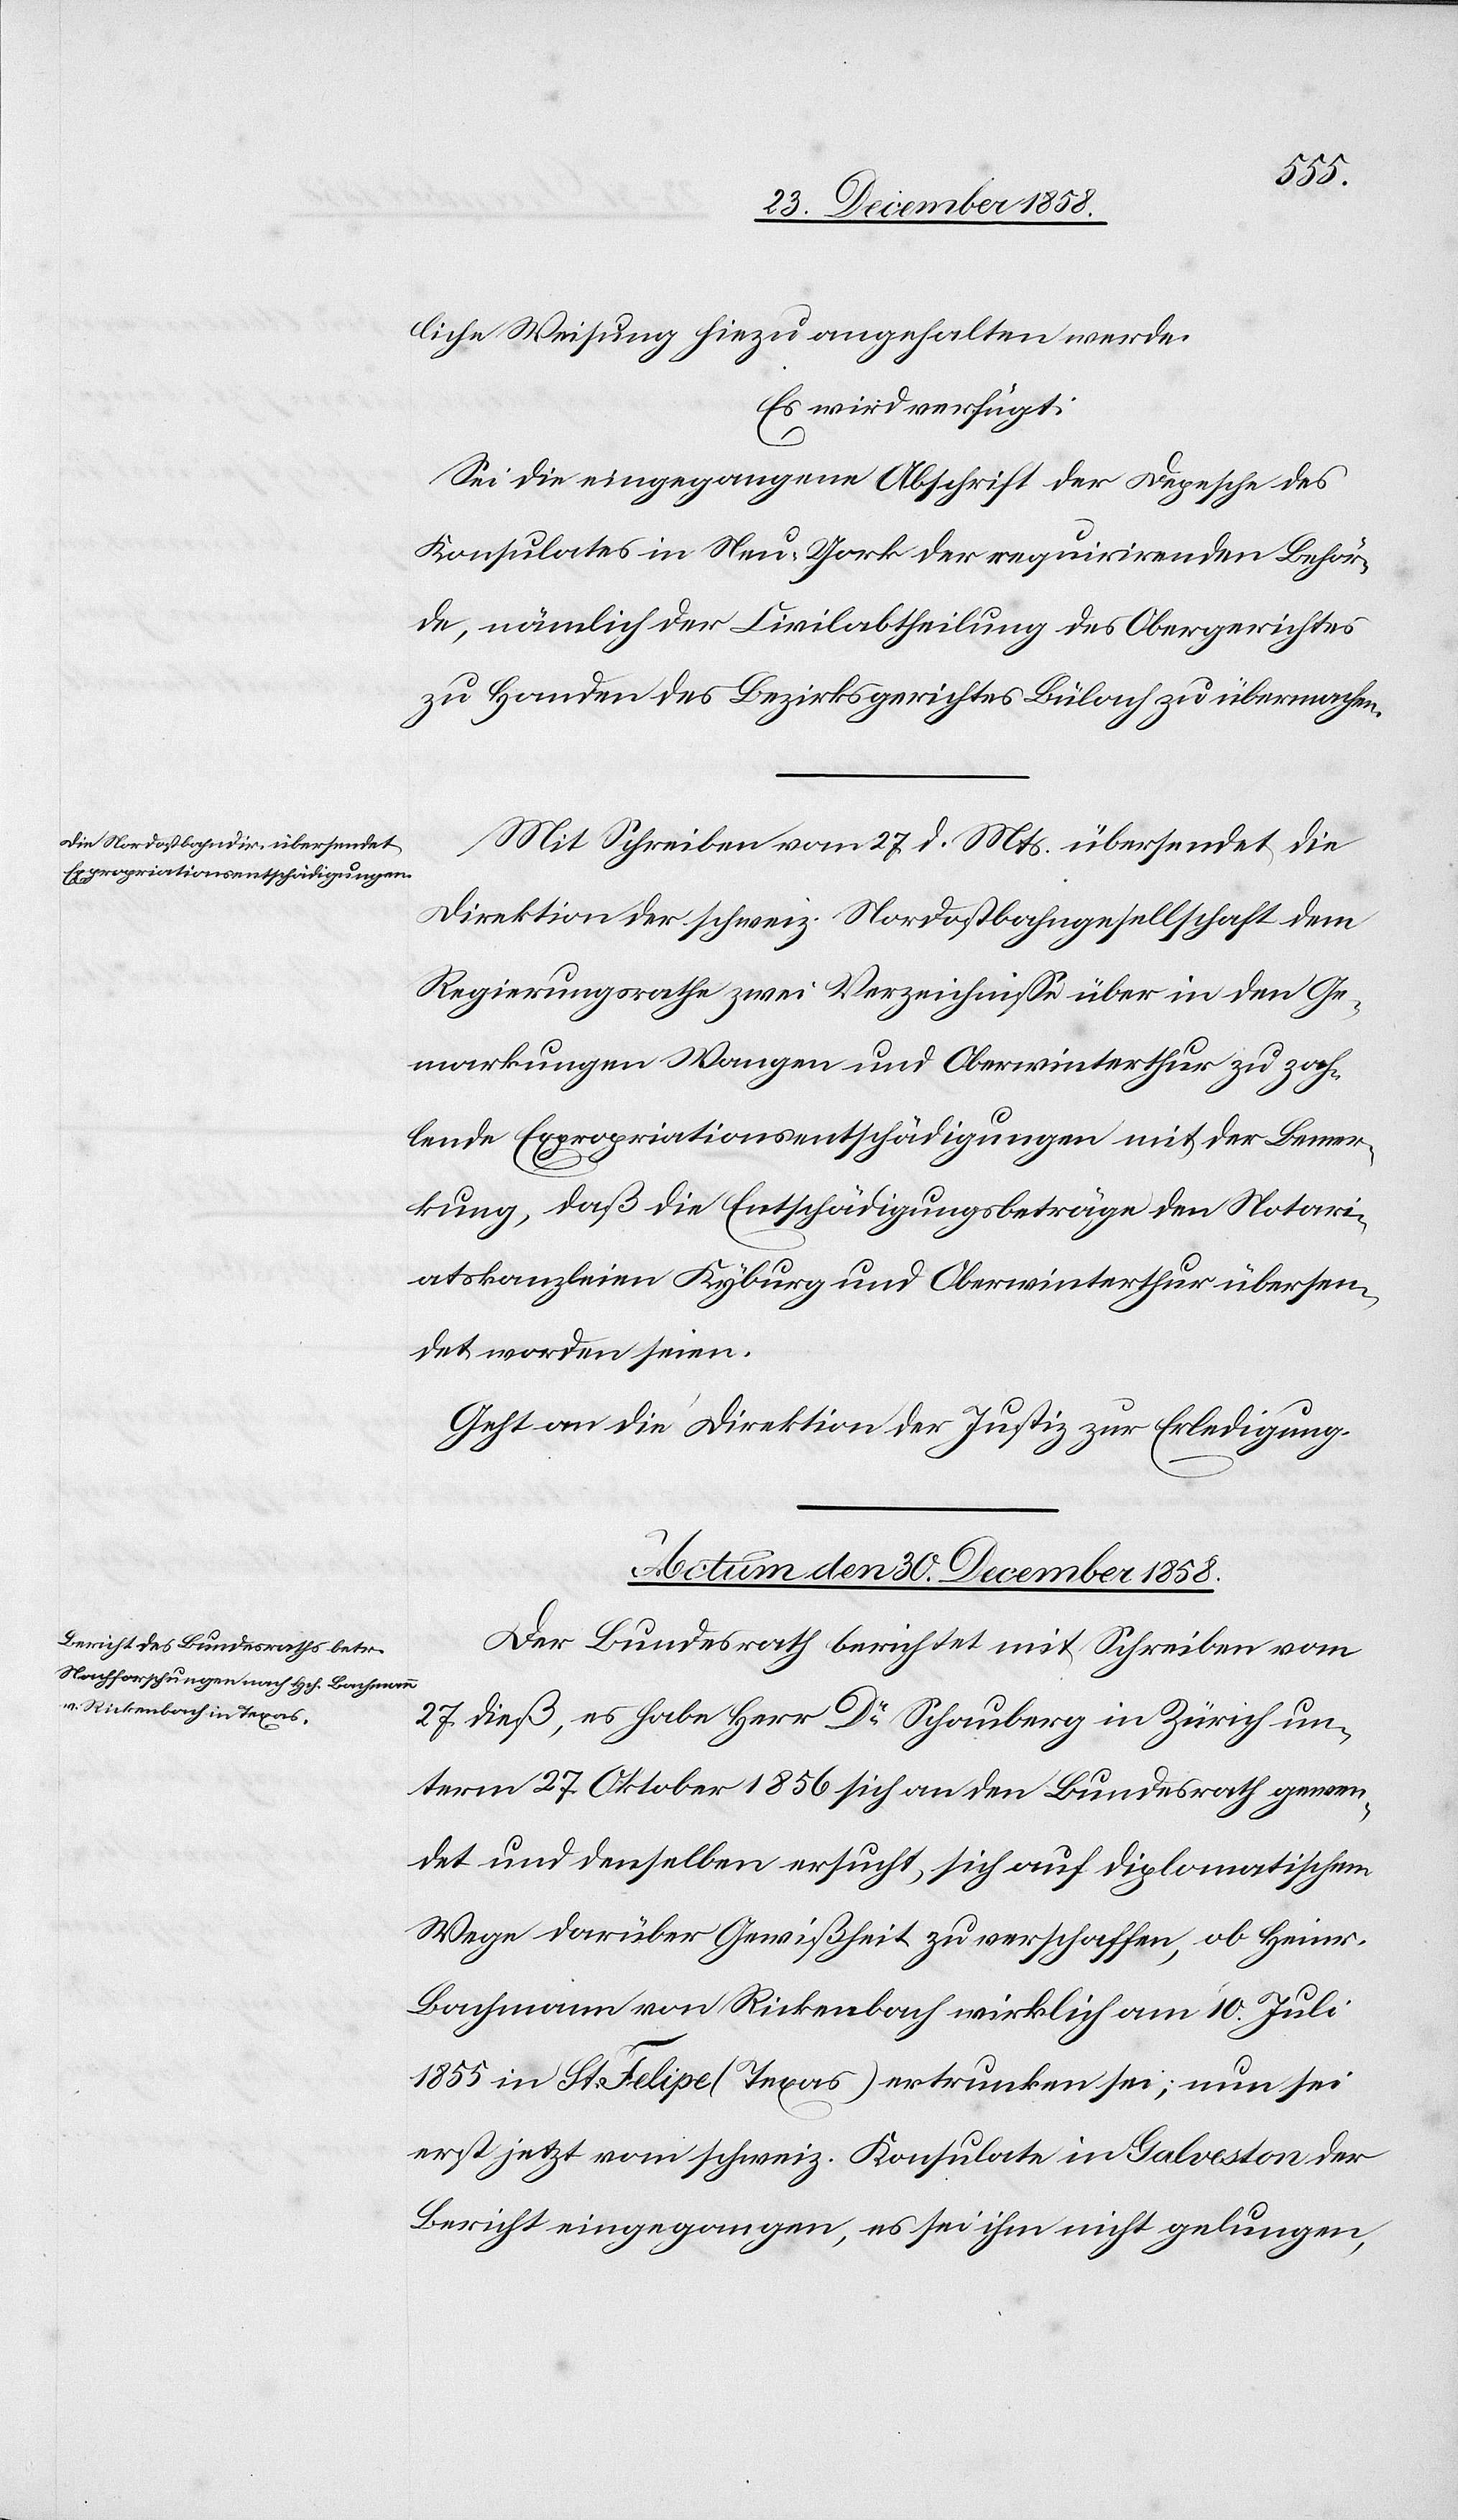
liche Weisung hiezu angehalten werde.
Es wird verfügt:
Sei die eingegangene Abschrift der Depesche des
Konsulates in Neu-York der requirirenden Behör¬
de, nämlich der Civilabtheilung des Obergerichtes
zu Handen des Bezirksgerichtes Bülach zu übermachen.
Mit Schreiben vom 27. d. Mts. übersendet die
Direktion der schweiz. Nordostbahngesellschaft dem
Regierungsrathe zwei Verzeichnisse über in den Ge¬
markungen Wangen und Oberwinterthur zu zah¬
lende Expropriationsentschädigungen mit der Bemer¬
kung, daß die Entschädigungsbeträge den Notari¬
atskanzleien Kyburg und Oberwinterthur übersen¬
det worden seien.
Geht an die Direktion der Justiz zur Erledigung.
Actum den 30. December 1858.
Der Bundesrath berichtet mit Schreiben vom
27. dieß, es habe Herr Dr Schauberg in Zürich un¬
term 27. Oktober 1856 sich an den Bundesrath gewen¬
det und denselben ersucht, sich auf diplomatischem
Wege darüber Gewißheit zu verschaffen, ob Heinr.
Bachmann von Rickenbach wirklich am 10. Juli
1855 in St. Felipe (Texas) ertrunken sei; nun sei
erst jetzt vom schweiz. Konsulate in Galveston der
Bericht eingegangen, es sei ihm nicht gelungen,